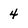
Character: 4